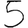
Digit: 5